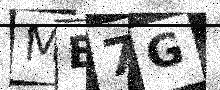
Text: MB7G